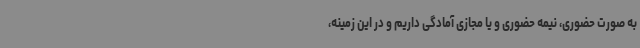
به صورت حضوری، نیمه حضوری و یا مجازی آمادگی داریم و در این زمینه،